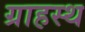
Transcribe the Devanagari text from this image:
ग्राहस्थ